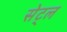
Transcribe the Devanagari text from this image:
सेट्ल